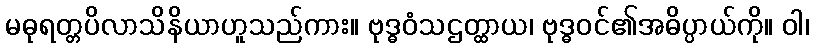
မဓုရတ္တပိလာသိနိယာဟူသည်ကား။ ဗုဒ္ဓဝံသဌတ္ထာယ၊ ဗုဒ္ဓဝင်၏အဓိပ္ပာယ်ကို။ ဝါ၊